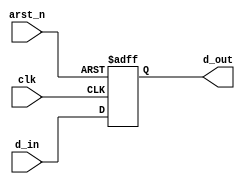
`timescale 1ns/1ps

`define REG_WIDTH 32

module prog_counter(d_in, d_out, clk, arst_n);

input [`REG_WIDTH-1:0] d_in;
input clk, arst_n;

output reg [`REG_WIDTH-1:0] d_out;

always @(posedge clk or negedge arst_n) begin
	if(!arst_n) d_out = 0;
	else d_out = d_in;
end
endmodule